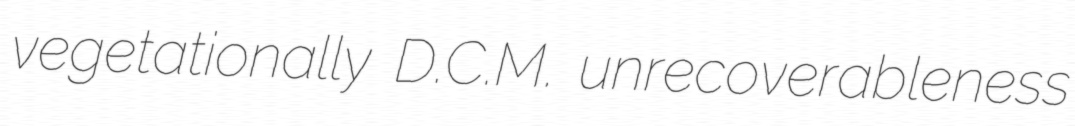
vegetationally D.C.M. unrecoverableness